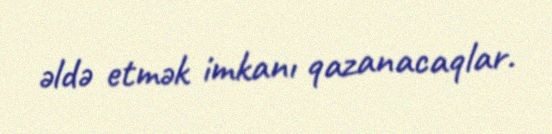
əldə etmək imkanı qazanacaqlar.